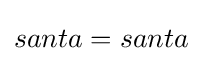
santa=santa